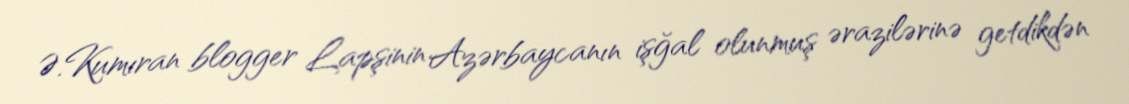
Ə.Kumıran blogger Lapşinin Azərbaycanın işğal olunmuş ərazilərinə getdikdən